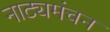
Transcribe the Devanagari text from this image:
नाट्यमंचन